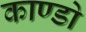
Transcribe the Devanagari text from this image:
काण्डो